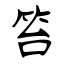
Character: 笞